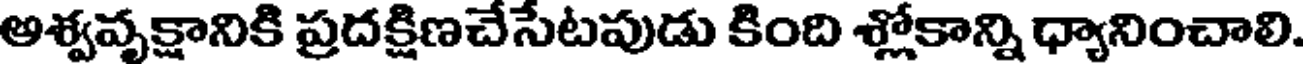
అశ్వవృక్షానికి ప్రదక్షిణచేసేటపుడు కింది శ్లోకాన్ని ధ్యానించాలి.